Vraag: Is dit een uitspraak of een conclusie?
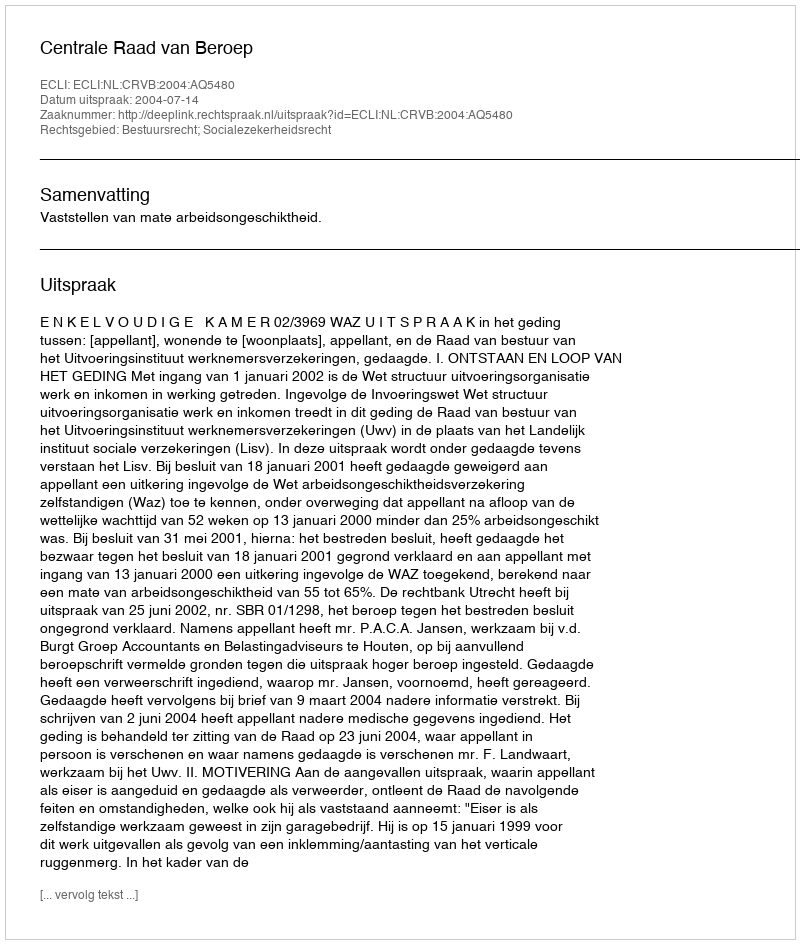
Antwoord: Uitspraak